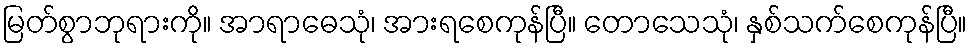
မြတ်စွာဘုရားကို။ အာရာဓေသုံ၊ အားရစေကုန်ပြီ။ တောသေသုံ၊ နှစ်သက်စေကုန်ပြီ။